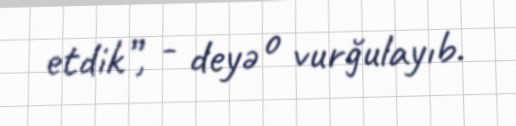
etdik”, - deyə o vurğulayıb.